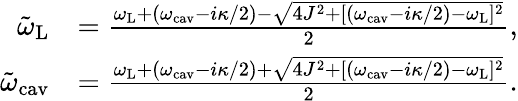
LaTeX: \begin{array}{rl}{\tilde{\omega}_{\mathrm{L}}}&{=\frac{\omega_{\mathrm{L}}+(\omega_{\mathrm{cav}}-i\kappa/2)-\sqrt{4J^{2}+[(\omega_{\mathrm{cav}}-i\kappa/2)-\omega_{\mathrm{L}}]^{2}}}{2},}\\ {\tilde{\omega}_{\mathrm{cav}}}&{=\frac{\omega_{\mathrm{L}}+(\omega_{\mathrm{cav}}-i\kappa/2)+\sqrt{4J^{2}+[(\omega_{\mathrm{cav}}-i\kappa/2)-\omega_{\mathrm{L}}]^{2}}}{2}.}\end{array}